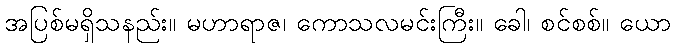
အပြစ်မရှိသနည်း။ မဟာရာဇ၊ ကောသလမင်းကြီး။ ခေါ၊ စင်စစ်။ ယော